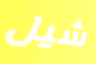
شيل